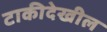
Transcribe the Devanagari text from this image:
टाकीदेखील